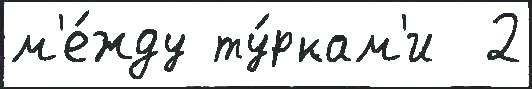
м'е́жду ту́ркам'и  2